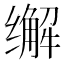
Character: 𰬽